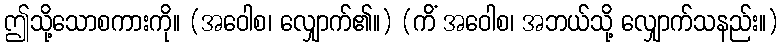
ဤသို့သောစကားကို။ (အဝေါစ၊ လျှောက်၏။) (ကိံ အဝေါစ၊ အဘယ်သို့ လျှောက်သနည်း။)